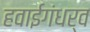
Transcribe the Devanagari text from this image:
हवाईगंधर्व